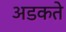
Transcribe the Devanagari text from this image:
अडकते